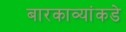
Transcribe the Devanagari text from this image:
बारकाव्यांकडे